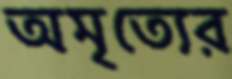
অমৃত্যের